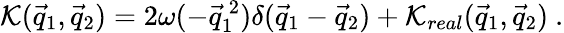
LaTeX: {\cal K}(\vec{q}_{1},\vec{q}_{2})=2\omega(-{\vec{q}}_{1}^{~2})\delta(\vec{q}_{1}-\vec{q}_{2})+{\cal K}_{real}(\vec{q}_{1},\vec{q}_{2})~.